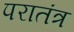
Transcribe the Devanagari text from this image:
परातंत्र